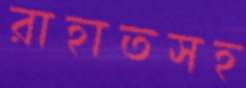
রাহাতসহ